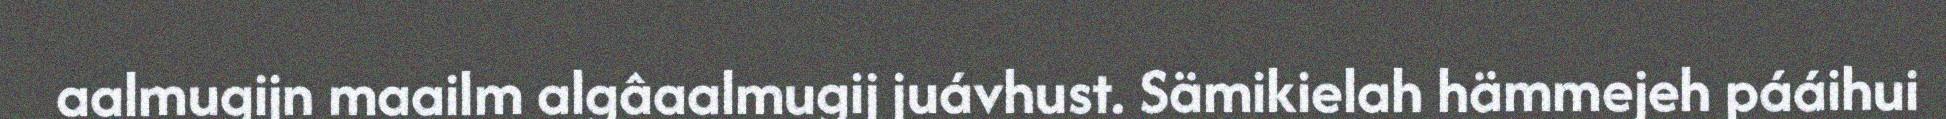
aalmugijn maailm algâaalmugij juávhust. Sämikielah hämmejeh pááihui